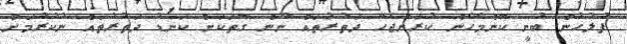
ފުލުހުން ބުނީ ކޮންމެހެން ކުރަންޖެހޭ ދަތުރުތައް ނޫން ގޮތަކަށް ކަނޑު ދަތުރުތައް ނުކުރުމަށް